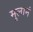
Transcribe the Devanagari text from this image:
मुलानं